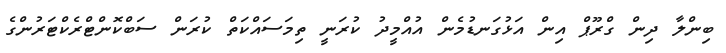
ބިންލާ ދިން ގްރޫޕް އިން އަޅުގަނޑުމެން އުއްމީދު ކުރަނީ ތިމަސައްކަތް ކުރަން ސަބްކޮންޓްރެކްޓަރުންގެ